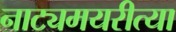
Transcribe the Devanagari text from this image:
नाट्यमयरीत्या